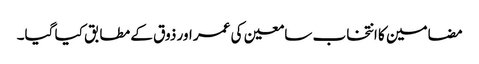
مضامین کا انتخاب سامعین کی عمر اور ذوق کے مطابق کیا گیا۔